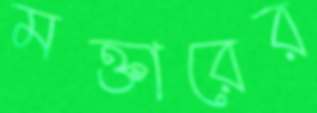
মক্তারের